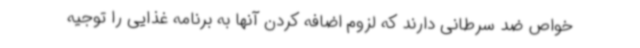
خواص ضد سرطانی دارند که لزوم اضافه کردن آنها به برنامه غذایی را توجیه